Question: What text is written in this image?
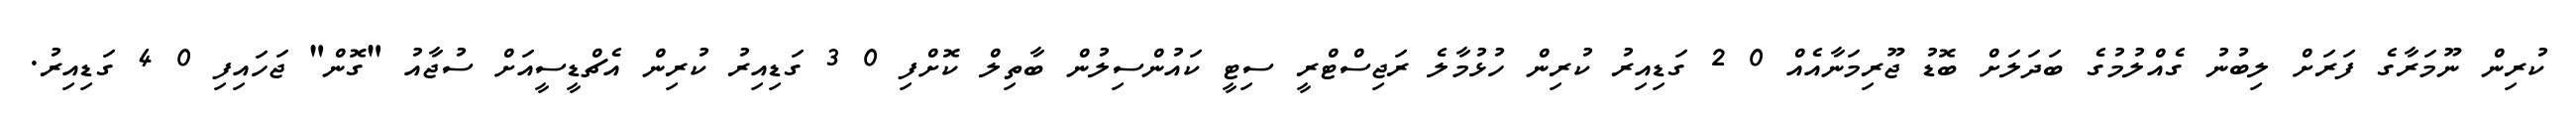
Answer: ކުރިން ނޫމަރާގެ ފަރަށް ލިބުނު ގެއްލުމުގެ ބަދަލަށް ބޮޑު ޖޫރިމަނާއެއް 0 2 ގަޑިއިރު ކުރިން ހުޅުމާލެ ރަޖިސްޓްރީ ސިޓީ ކައުންސިލުން ބާތިލް ކޮށްފި 0 3 ގަޑިއިރު ކުރިން އެޗްޑީސީއަށް ސުޖާއު "ގޮން" ޖަހައިފި 0 4 ގަޑިއިރު.